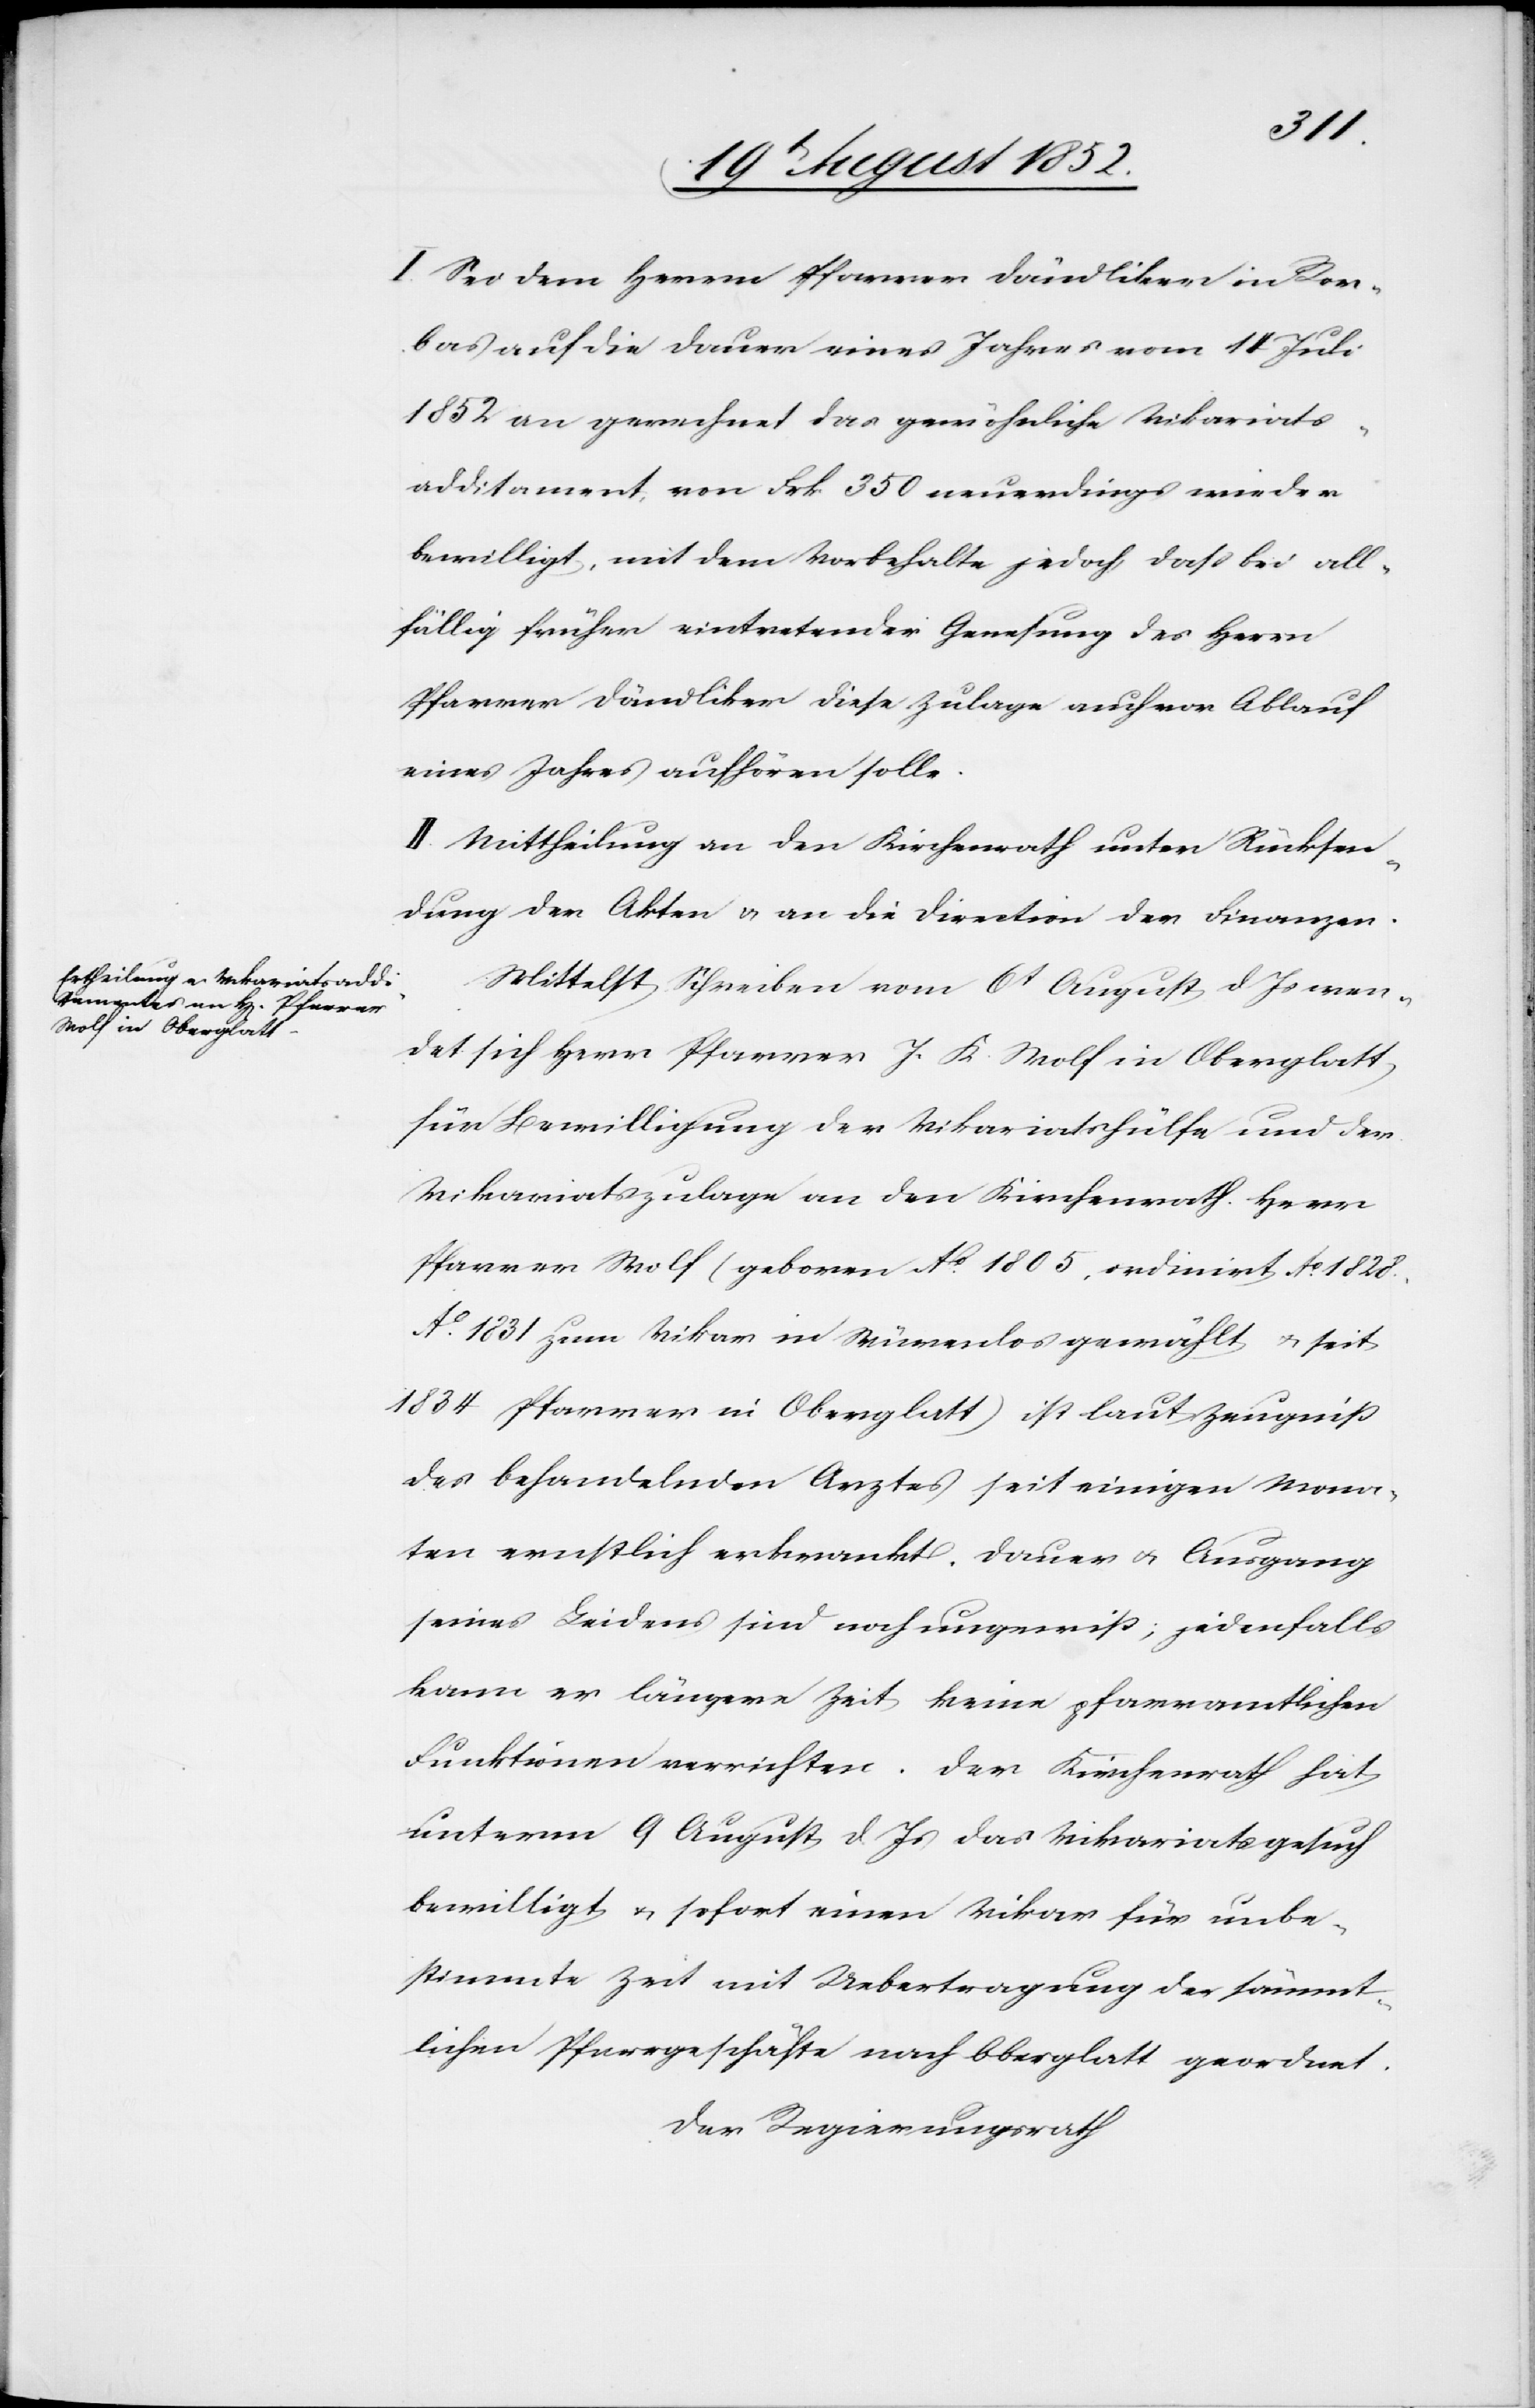
I. Sei dem Herrn Pfarrer Dändliker in Ror¬
bas auf die Dauer eines Jahres vom 14 Juli
1852 an gerechnet das gewöhnliche Vikariats¬
additament, von Frk. 350 neuerdings wieder
bewilligt, mit dem Vorbehalte jedoch, dass bei all¬
fällig früher eintretender Genesung des Herrn
Pfarrer Dändliker diese Zulage auch vor Ablauf
eines Jahres aufhören solle.
II. Mittheilung an den Kirchenrath unter Rücksen¬
dung der Akten & an die Direction der Finanzen.
Mittelst Schreiben vom 6t August d Js wen¬
det sich Herr Pfarrer J. K. Wolf in Oberglatt
für Bewilligung der Vikariatshülfe und der
Vikariatszulage an den Kirchenrath. Herr
Pfarrer Wolf (geboren Ao. 1805, ordinirt Ao. 1828.,
Ao. 1831 zum Vikar in Würenlos gewählt & seit
1834 Pfarrer in Oberglatt) ist laut Zeugniß
des behandelnden Arztes seit einigen Mona¬
ten ernstlich erkrankt. Dauer & Ausgang
seines Leidens sind noch ungewiß; jedenfalls
kann er längere Zeit keine pfarramtlichen
Funktionen verrichten. Der Kirchenrath hat
unterm 9 August d. Js das Vikariatsgesuch
bewilligt & sofort einen Vikar für unbe¬
stimmte Zeit mit Uebertragung der sämmt¬
lichen Pfarrgeschäfte nach Oberglatt geordnet.
Der Regierungsrath